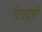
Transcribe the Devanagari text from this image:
विप्रद्वेषी